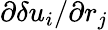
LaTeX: \partial\delta u_{i}/\partial r_{j}